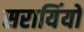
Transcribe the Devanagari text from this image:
सरायिंयों